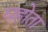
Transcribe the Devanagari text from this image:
घहोता